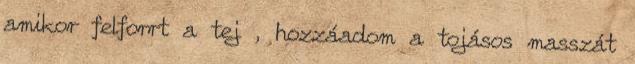
amikor felforrt a tej , hozzáadom a tojásos masszát